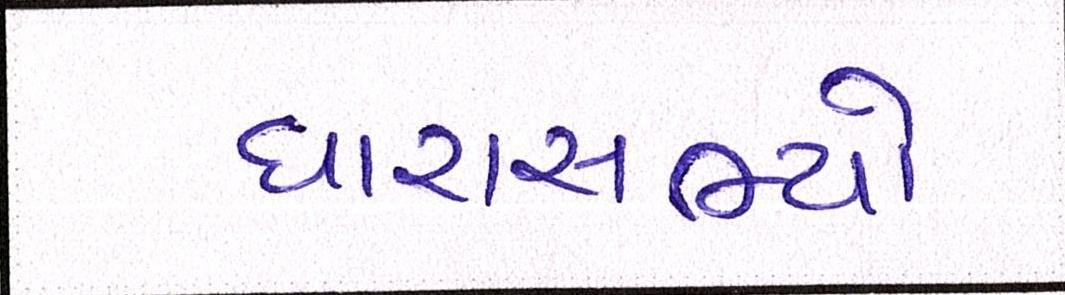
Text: ધારાસભ્યો